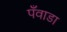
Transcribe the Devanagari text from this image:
पँवाडा